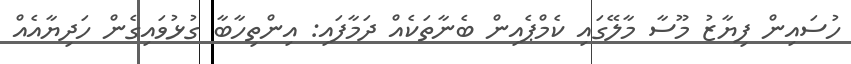
ހުސައިން ފިޔާޒު މޫސާ މާލޭގައި ކެމްޕެއިން ބެނާތަކެއް ދަމާފައި: އިންތިހާބާ ގުޅުވައިގެން ހަދިޔާއެއް